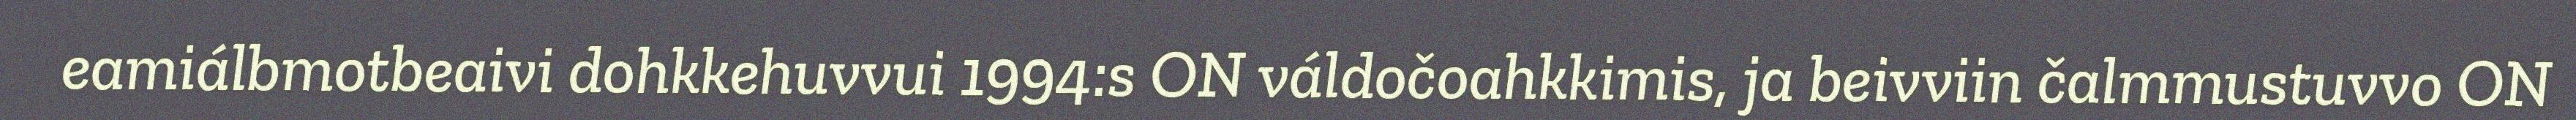
eamiálbmotbeaivi dohkkehuvvui 1994:s ON váldočoahkkimis, ja beivviin čalmmustuvvo ON